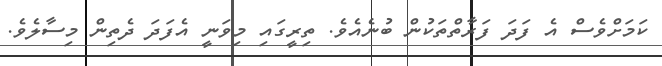
ކަމަށްވެސް އެ ފަދަ ފަރާތްތަކުން ބުނެއެވެ. ތިރީގައި މިވަނީ އެފަދަ ދެތިން މިސާލެވެ.